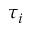
\tau _ { i }